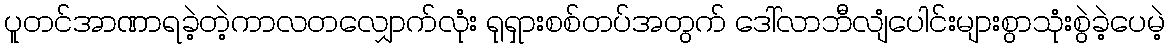
ပူတင်အာဏာရခဲ့တဲ့ကာလတလျှောက်လုံး ရုရှားစစ်တပ်အတွက် ဒေါ်လာဘီလျံပေါင်းများစွာသုံးစွဲခဲ့ပေမဲ့